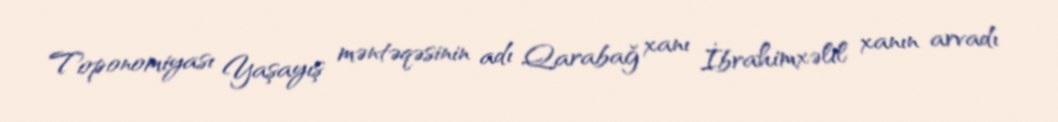
Toponomiyası Yaşayış məntəqəsinin adı Qarabağ xanı İbrahimxəlil xanın arvadı